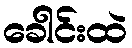
ခေါင်းထဲ